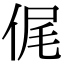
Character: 𠉜